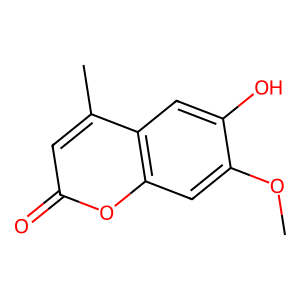
SMILES: COc1cc2oc(=O)cc(C)c2cc1O
Inhibits HIV replication: No